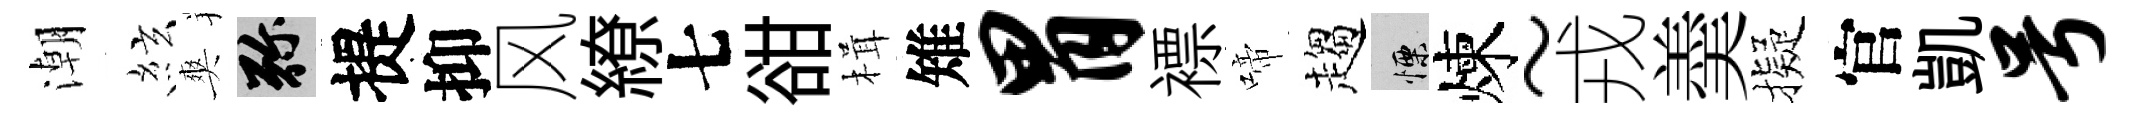
潮絃爽弥提抑风繚七𧮳楫雉胃褾啼趨慄煉~戎羮擬官凱号